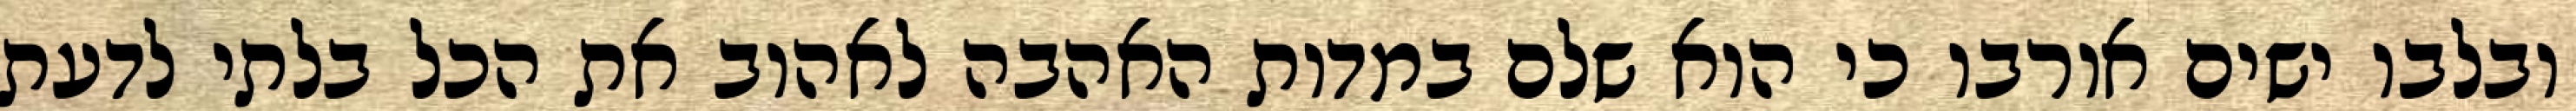
ובלבו ישים אורבו כי הוא שלם במדות האהבה לאהוב את הכל בלתי לדעת